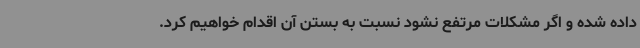
داده شده و اگر مشکلات مرتفع نشود نسبت به بستن آن اقدام خواهیم کرد.